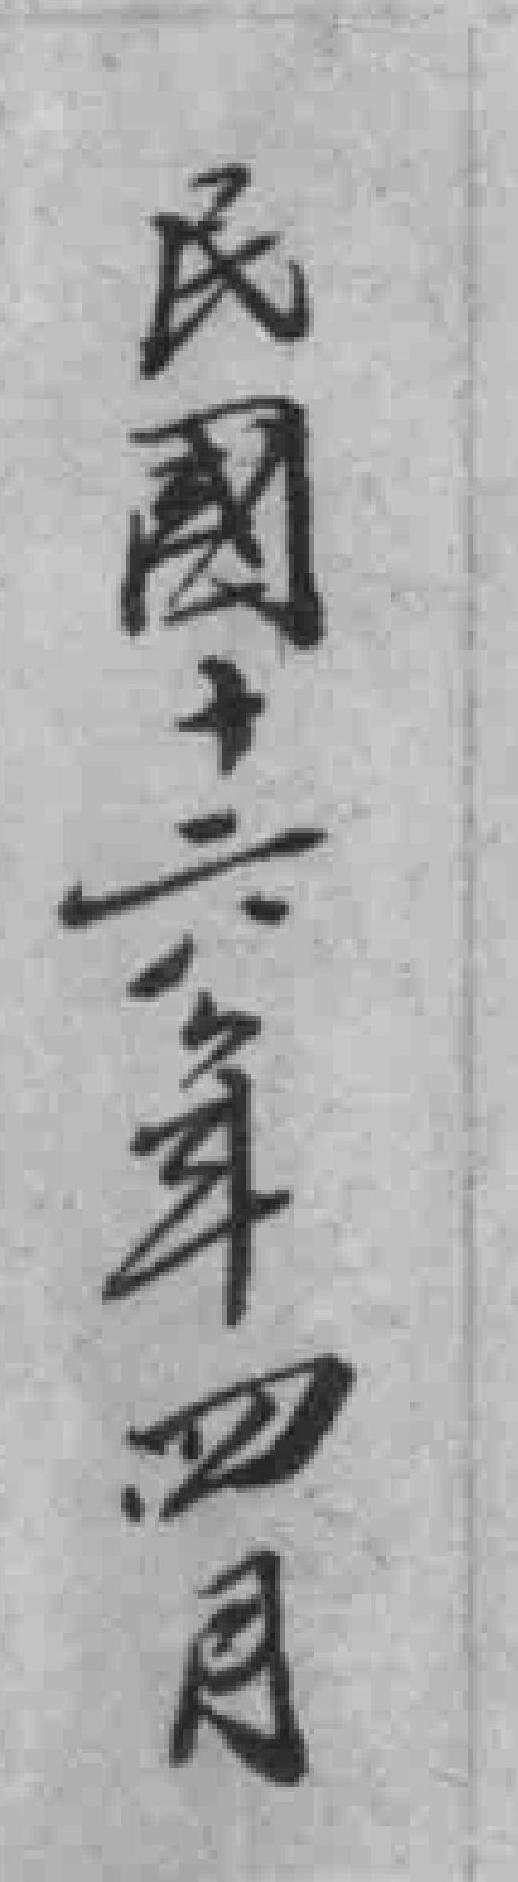
民國十六年四月